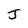
Character: J